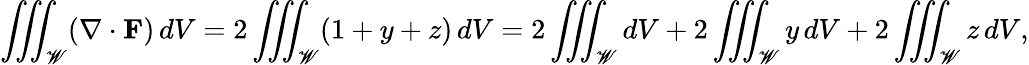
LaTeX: \iiint_{\mathscr{W}}(\nabla\cdot\mathbf{{F}})\, dV=2\iiint_{\mathscr{W}}(1+y+z)\, dV=2\iiint_{\mathscr{W}}dV+2\iiint_{\mathscr{W}}y\, dV+2\iiint_{\mathscr{W}}z\, dV,